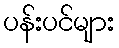
ပန်းပင်များ